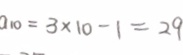
a _ { 1 0 } = 3 \times 1 0 - 1 = 2 9